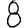
Digit: 8